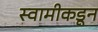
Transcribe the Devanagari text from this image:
स्वामीकडून